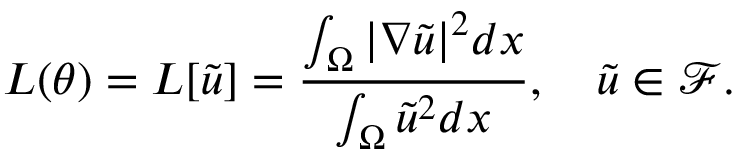
L ( \theta ) = L [ \tilde { u } ] = \frac { \int _ { \Omega } | \nabla \tilde { u } | ^ { 2 } d x } { \int _ { \Omega } \tilde { u } ^ { 2 } d x } , \quad \tilde { u } \in \mathcal { F } .